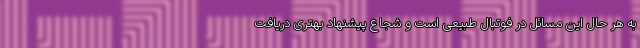
به هر حال این مسائل در فوتبال طبیعی است و شجاع پیشنهاد بهتری دریافت